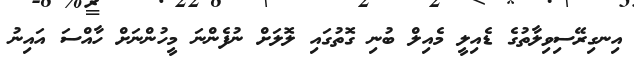
އިނގިރޭސިވިލާތުގެ ޑެއިލީ މެއިލް ބުނި ގޮތުގައި ލޮލަށް ނުފެންނަ މީހުންނަށް ހާއްސަ އައިނު